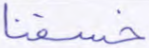
خسفنا